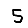
Digit: 5